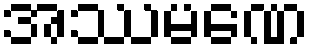
အဿမဏေ